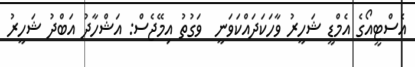
އެސްޓީއޯގެ އެމްޑީ ޝަހީރު ވާހަކަދައްކަވަނީ  ވަގުތު އިމޭޖެސް: އަޝްހާދު އަބްދު ޝަހީރު